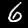
Digit: 6